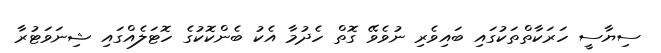
ސިޔާސީ ހަރަކާތްތަކުގައި ބައިވެރި ނުވެވޭ ގޮތް ހެދުމާ އެކު ބެންކޮކުގެ ހޮޓަލެއްގައި ޝިނަވަޓުރާ